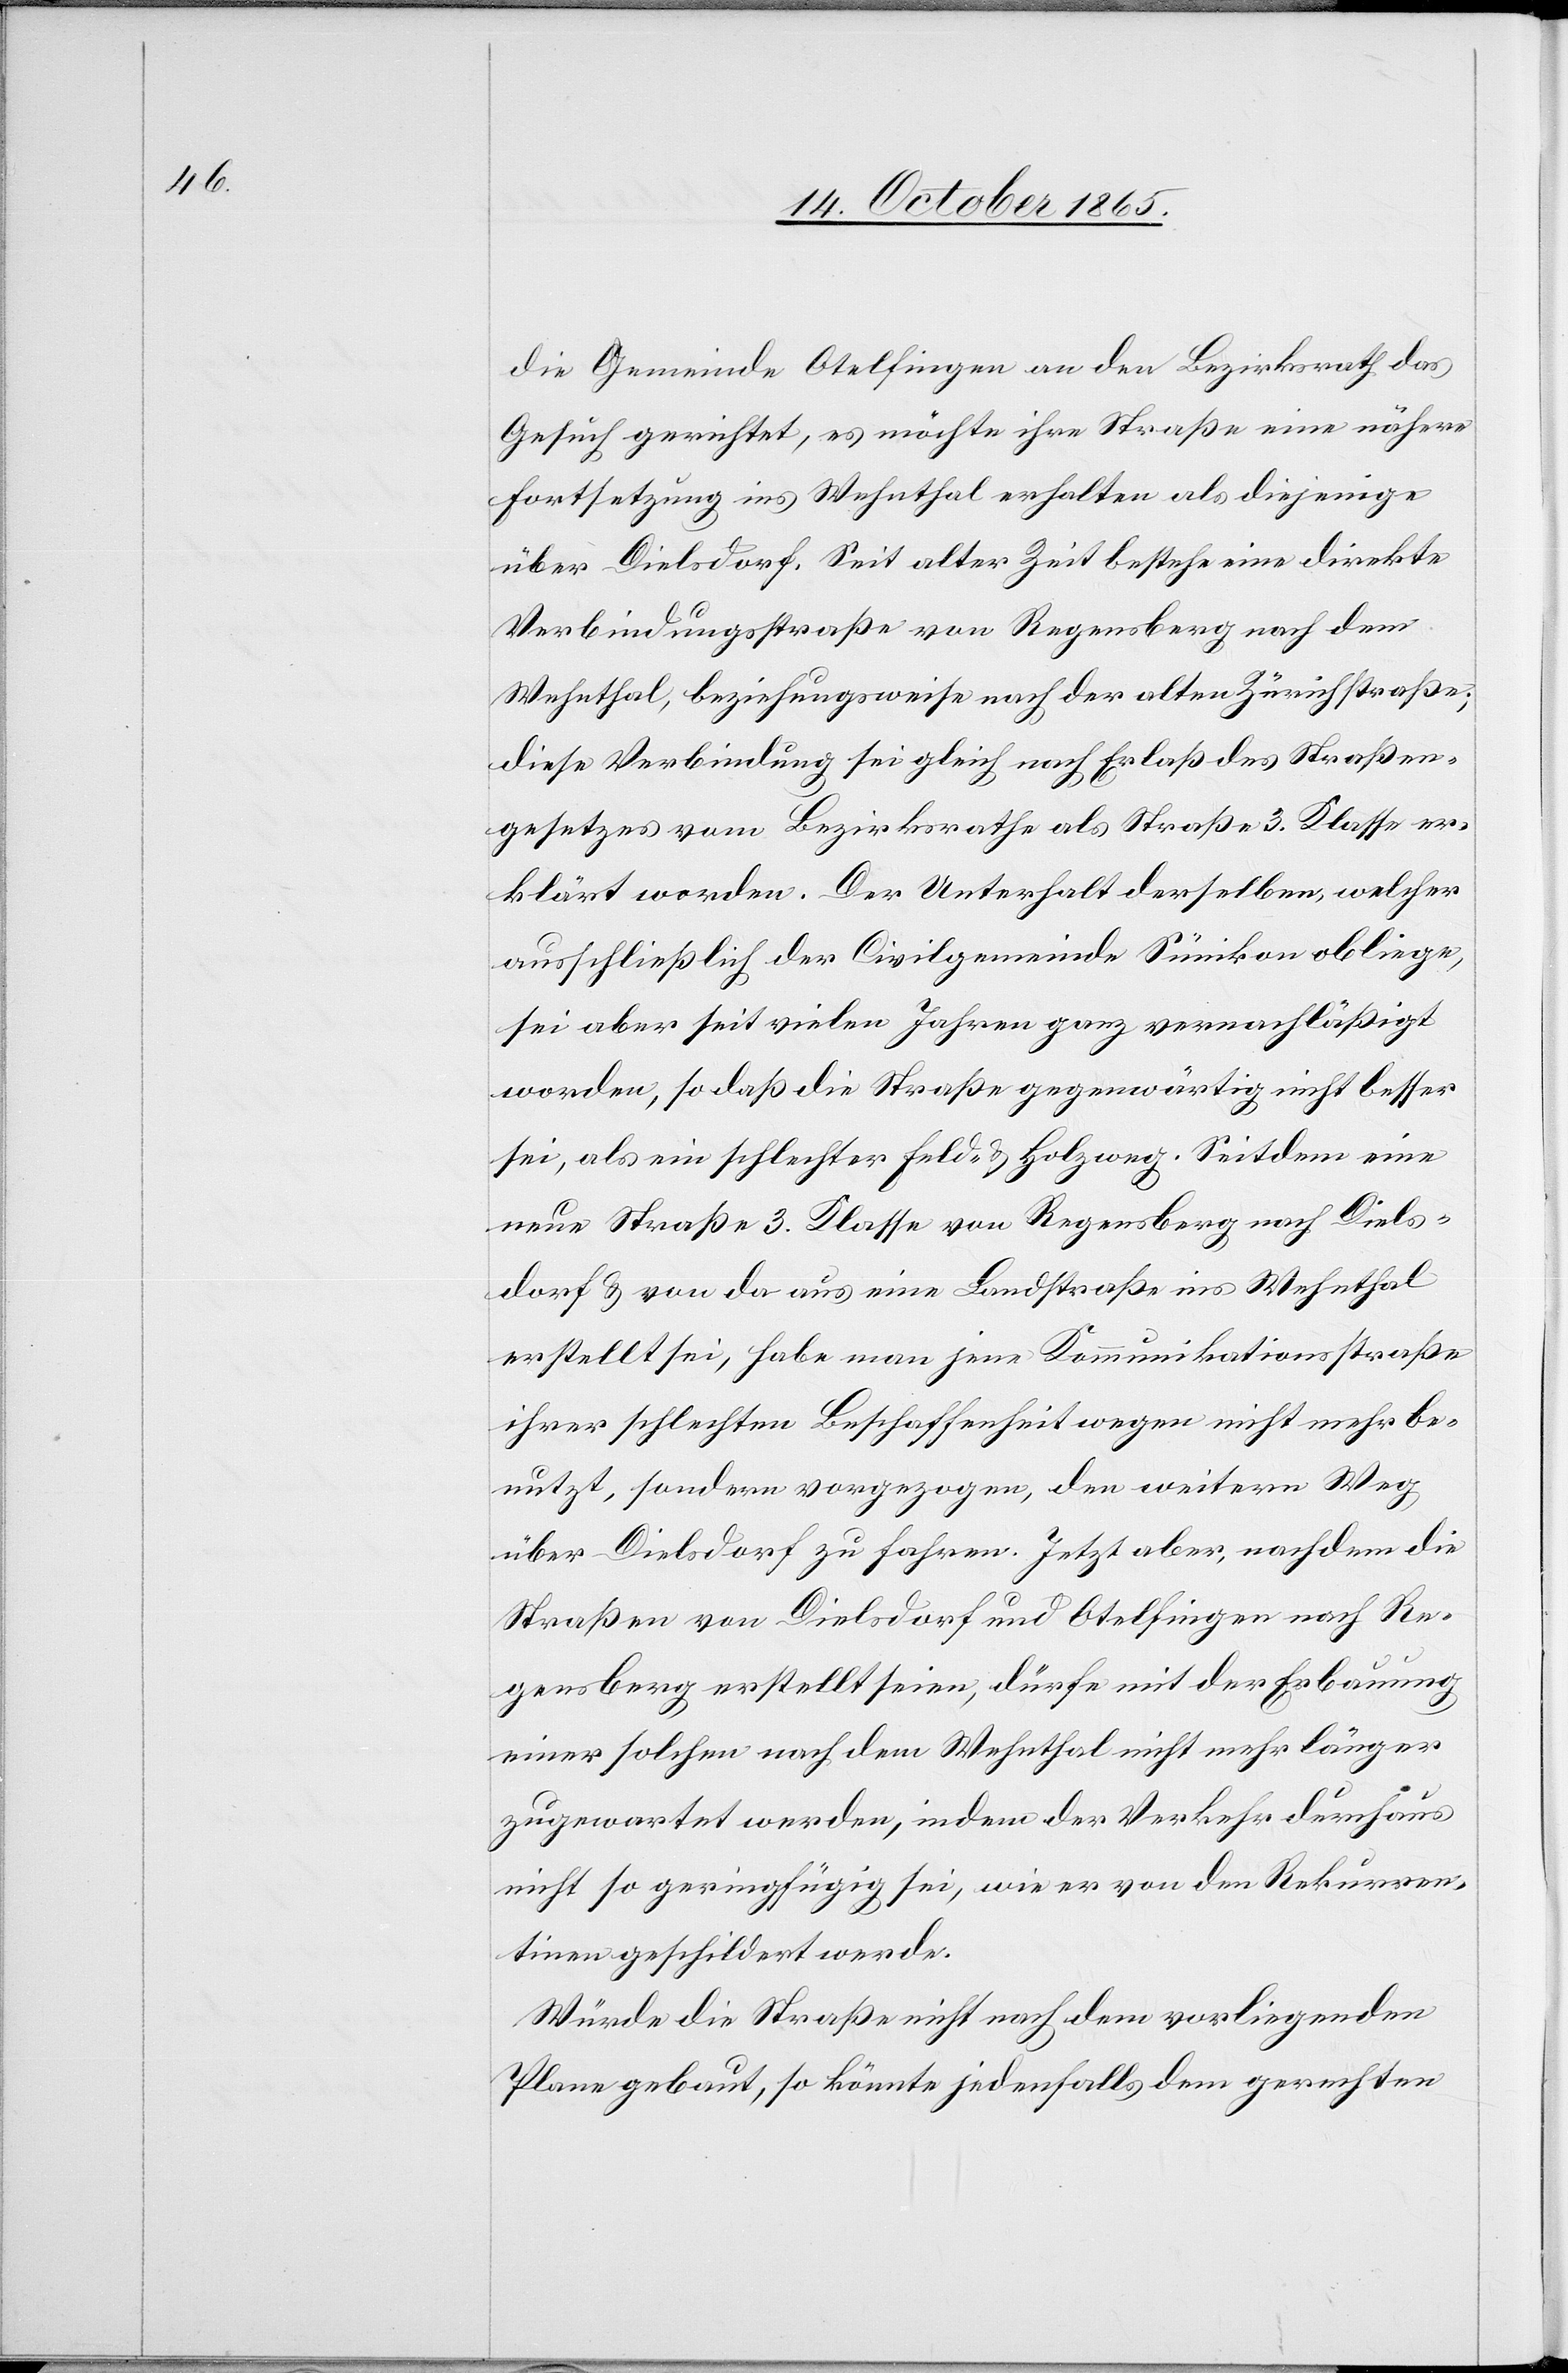
die Gemeinde Otelfingen an den Bezirksrath das
Gesuch gerichtet, es möchte ihre Straße eine nähere
Fortsetzung ins Wehnthal erhalten als diejenige
über Dielsdorf. Seit alter Zeit bestehe eine direkte
Verbindungsstraße von Regensberg nach dem
Wehnthal, beziehungsweise nach der alten Zürichstraße;
diese Verbindung sei gleich nach Erlaß des Straßen¬
gesetzes vom Bezirksrathe als Straße 3. Klasse er¬
klärt worden. Der Unterhalt derselben, welcher
ausschließlich der Civilgemeinde Sünikon obliege,
sei aber seit vielen Jahren ganz vernachläßigt
worden, so daß die Straße gegenwärtig nicht besser
sei, als ein schlechter Feld- & Holzweg. Seitdem eine
neue Straße 3. Klasse von Regensberg nach Diels¬
dorf & von da aus eine Landstraße ins Wehnthal
erstellt sei, habe man jene Kommunikationsstraße
ihrer schlechten Beschaffenheit wegen nicht mehr be¬
nutzt, sondern vorgezogen, den weitern Weg
über Dielsdorf zu fahren. Jetzt aber, nachdem die
Straßen von Dielsdorf und Otelfingen nach Re¬
gensberg erstellt seien, dürfe mit der Erbauung
einer solchen nach dem Wehnthal nicht mehr länger
zugewartet werden, indem der Verkehr durchaus
nicht so geringfügig sei, wie er von den Rekurren¬
ten geschildert werde.
Würde die Straße nicht nach dem vorliegenden
Plane gebaut, so könnte jedenfalls dem gerechten